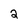
Character: 2